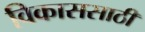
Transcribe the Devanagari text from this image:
विकाससाठी